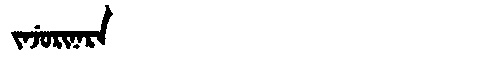
Manchu: ᠵᠠᠵᡠᡵᡳᠨᠠᡵᠠ
Romanization: JAJURINARA